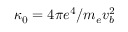
\kappa _ { 0 } = 4 \pi e ^ { 4 } / m _ { e } v _ { b } ^ { 2 }